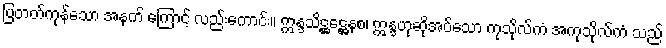
ပြတတ်ကုန်သော အနက် ကြောင့် လည်းကောင်း။ ဣန္ဒသိဋ္ဌဋ္ဌေနစ၊ ဣန္ဒဟုဆိုအပ်သော ကုသိုလ်ကံ အကုသိုလ်ကံ သည်